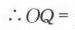
\(\therefore OQ =\)